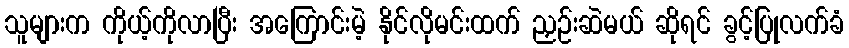
သူများက ကိုယ့်ကိုလာပြီး အကြောင်းမဲ့ နိုင်လိုမင်းထက် ညှဉ်းဆဲမယ် ဆိုရင် ခွင့်ပြုလက်ခံ